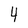
Character: 4